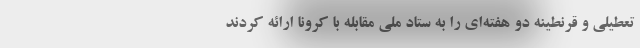
تعطیلی و قرنطینه دو هفته‌ای را به ستاد ملی مقابله با کرونا ارائه کردند